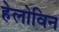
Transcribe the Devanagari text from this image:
हेलोविन